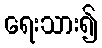
ရေးသား၍